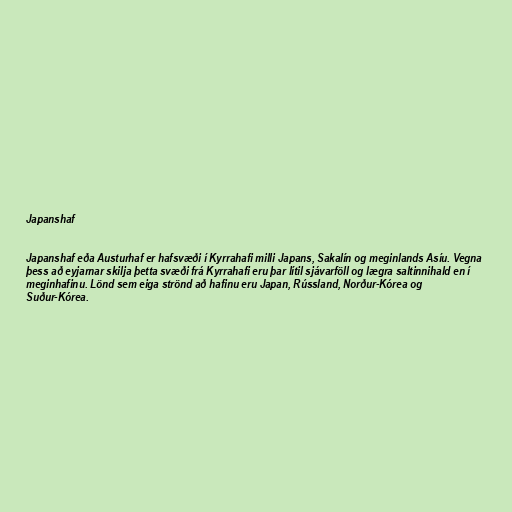
Japanshaf

Japanshaf eða Austurhaf er hafsvæði í Kyrrahafi milli Japans, Sakalín og meginlands Asíu. Vegna
þess að eyjarnar skilja þetta svæði frá Kyrrahafi eru þar lítil sjávarföll og lægra saltinnihald en í
meginhafinu. Lönd sem eiga strönd að hafinu eru Japan, Rússland, Norður-Kórea og
Suður-Kórea.